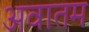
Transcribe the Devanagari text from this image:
अवातम